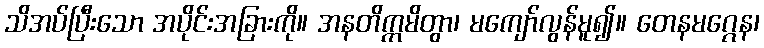
သိအပ်ပြီးသော အပိုင်းအခြားကို။ အနတိက္ကမိတွာ၊ မကျော်လွန်မူ၍။ တေနမဂ္ဂေန၊